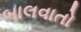
બાલવાતો